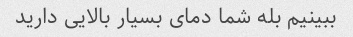
ببینیم بله شما دمای بسیار بالایی دارید